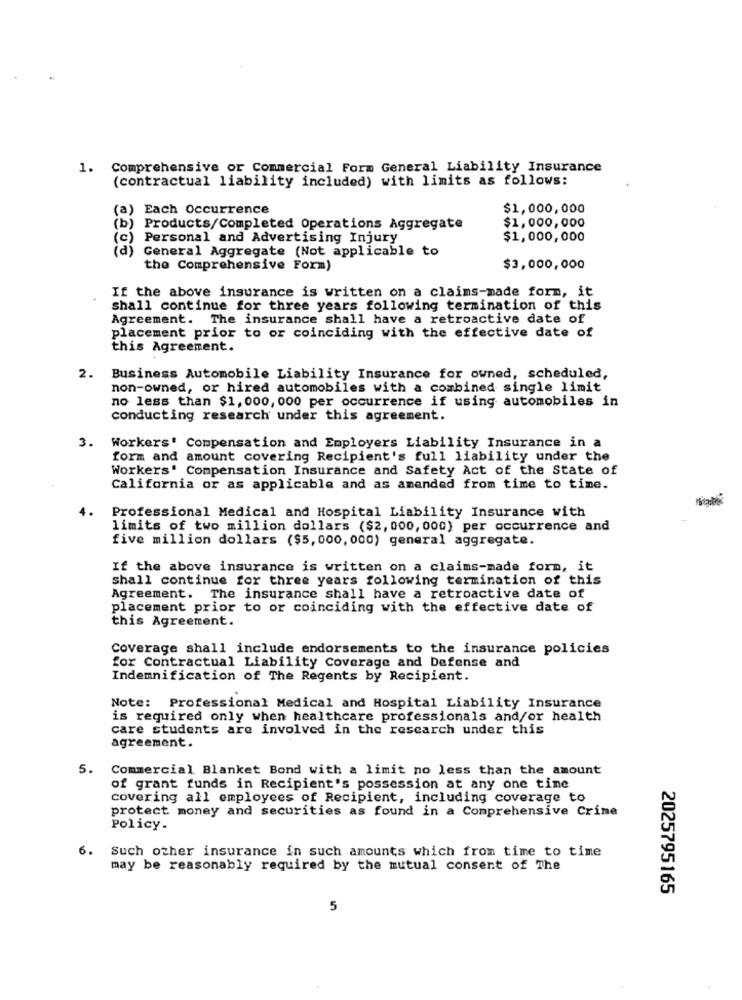
1. Comprehensive or Commercial Form General Liability Insurance
(contractual liability included) with limits as follows:
(a) Each Occurrence
$1,000,000
$1,000,000
(b) Products/Completed Operations Aggregate
(c) Personal and Advertising Injury
$1,000,000
(d) General Aggregate (Not applicable to
the Comprehensive Form)
$3,000,000
If the above insurance is written on a claims-made form, it
shall continue for three years following termination of this
Agreement. The insurance shall have a retroactive date of
placement prior to or coinciding with the effective date of
this Agreement.
2. Business Automobile Liability Insurance for owned, scheduled,
non-owned, or hired automobiles with a combined single limit
no less than $1,000, 000 per occurrence if using automobiles in
conducting research under this agreement.
3. Workers' Compensation and Employers Liability Insurance in a
form and amount covering Recipient's full liability under the
Workers' Compensation Insurance and Safety Act of the State of
California or as applicable and as amended from time to time.
Professional Medical and Hospital Liability Insurance with
limits of two million dollars ($2, 000, 000) per occurrence and
five million dollars ($5, 000, 000) general aggregate.
If the above insurance is written on a claims-made form, it
shall continue for three years following termination of this
Agreement. The insurance shall have a retroactive date of
placement prior to or coinciding with the effective date of
this Agreement.
Coverage shall include endorsements to the insurance policies
for Contractual Liability Coverage and Defense and
Indemnification of The Regents by Recipient.
Note: Professional Medical and Hospital Liability Insurance
is required only when healthcare professionals and/or health
care students are involved in the research under this
agreement.
5.
Commercial Blanket Bond with a limit no less than the amount
of grant funds in Recipient's possession at any one tine
covering all employees of Recipient, including coverage to
protect money and securities as found in a Comprehensive Crime
Policy.
Such other insurance in such amounts which from time to time
6.
may be reasonably required by the mutual consent of The
2025795165
5